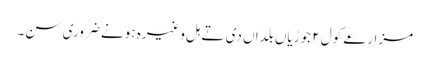
مزارعے کول ٢ جوڑیاں بلداں دی تے ہل وغیرہ ہونے ضروری سن۔